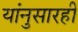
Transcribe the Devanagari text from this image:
यांनुसारही